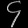
Digit: ၄